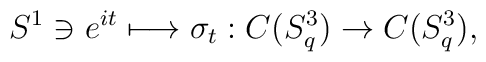
S^1 \ni e^{it} \longmapsto \sigma_t : C(S^3_q) \rightarrow C(S^3_q),